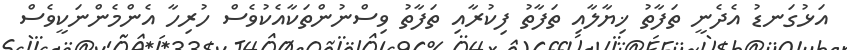
އަޅުގަނޑު އެދެނީ ތަފާތު ޚިޔާލާއި ތަފާތު ފިކުރާއި ތަފާތު ވިސްނުންތަކާއެކުވެސް ހުރިހާ އެންމެންނަކީވެސް